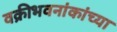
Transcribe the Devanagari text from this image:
वक्रीभवनांकांच्या